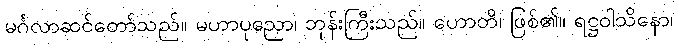
မင်္ဂလာဆင်တော်သည်။ မဟာပုညော၊ ဘုန်းကြီးသည်။ ဟောတိ၊ ဖြစ်၏။ ရဋ္ဌဝါသိနော၊